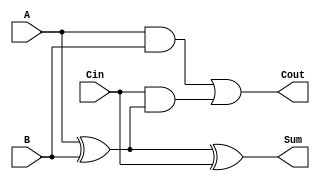
module LowPowerFullAdder (
    input wire A,      // First input bit
    input wire B,      // Second input bit
    input wire Cin,    // Carry-in bit
    output wire Sum,   // Sum output
    output wire Cout   // Carry-out output
);

// Logic for Sum and Carry-out
assign Sum = A ^ B ^ Cin; // Sum calculation using XOR
assign Cout = (A & B) | (Cin & (A ^ B)); // Carry-out calculation

endmodule